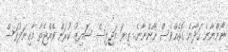
ނޯންނާނެ ހަދާނެ ގޮތެއްވެސް ނޯންނާނެ.. ތިޔަ މަޖިލިސް ސައިޒު ކުރަން ވެއްޖެތާ މާގިނަދުވަސް